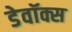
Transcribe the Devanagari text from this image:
डेवॉक्स